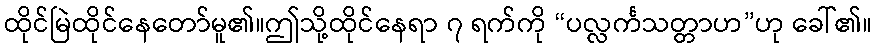
ထိုင်မြဲထိုင်နေတော်မူ၏။ဤသို့ထိုင်နေရာ ၇ ရက်ကို “ပလ္လင်္ကသတ္တာဟ”ဟု ခေါ်၏။